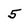
Character: 5